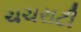
ચચરાટી